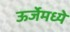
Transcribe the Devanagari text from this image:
ऊर्जेमध्ये